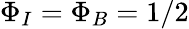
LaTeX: \Phi_{I}=\Phi_{B}=1/2